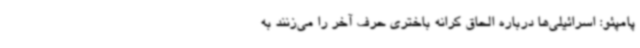
پامپئو: اسرائیلی‌ها درباره الحاق کرانه باختری حرف آخر را می‌زنند به